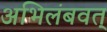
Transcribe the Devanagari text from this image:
अभिलंबवत्